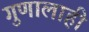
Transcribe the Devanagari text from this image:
गुणालाही